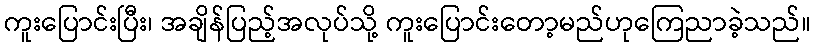
ကူးပြောင်းပြီး၊ အချိန်ပြည့်အလုပ်သို့ ကူးပြောင်းတော့မည်ဟုကြေညာခဲ့သည်။